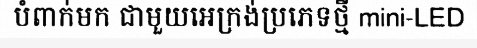
បំពាក់មក ជាមួយអេក្រង់ប្រភេទថ្មី mini-LED